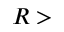
R >